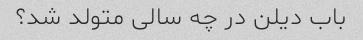
باب دیلن در چه سالی متولد شد؟